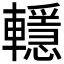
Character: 𨏈